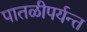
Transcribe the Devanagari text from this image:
पातळीपर्यन्त